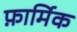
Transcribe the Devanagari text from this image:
फ़ार्मिक